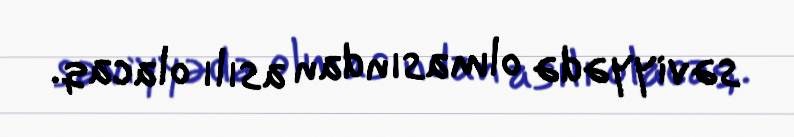
səviyyədə olmasından asılı olacaq.